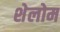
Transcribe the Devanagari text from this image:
शेलोम